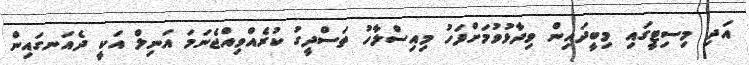
އަދި މިސިޓީގައި މިބީދައިން ވިދާޅުވުމަށްފަހު މިއިސްލާހު ތަސްދީގު ކުރެއްވިއްޖެނަމަ އަނިލް އަކީ ދެއަނގައިން